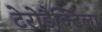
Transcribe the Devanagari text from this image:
टेरोडैक्टिला